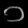
Digit: ၁